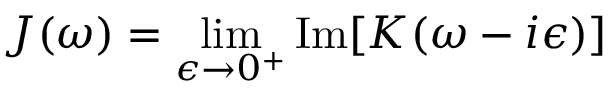
J ( \omega ) = \operatorname* { l i m } _ { \epsilon \rightarrow 0 ^ { + } } \mathrm { I m } [ K ( \omega - i \epsilon ) ]